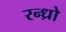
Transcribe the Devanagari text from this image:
रन्ध्रो